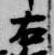
右